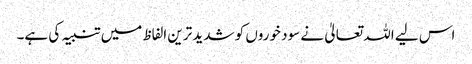
اس لیے اللہ تعالیٰ نے سود خوروں کو شدید ترین الفاظ میں تنبیہ کی ہے۔